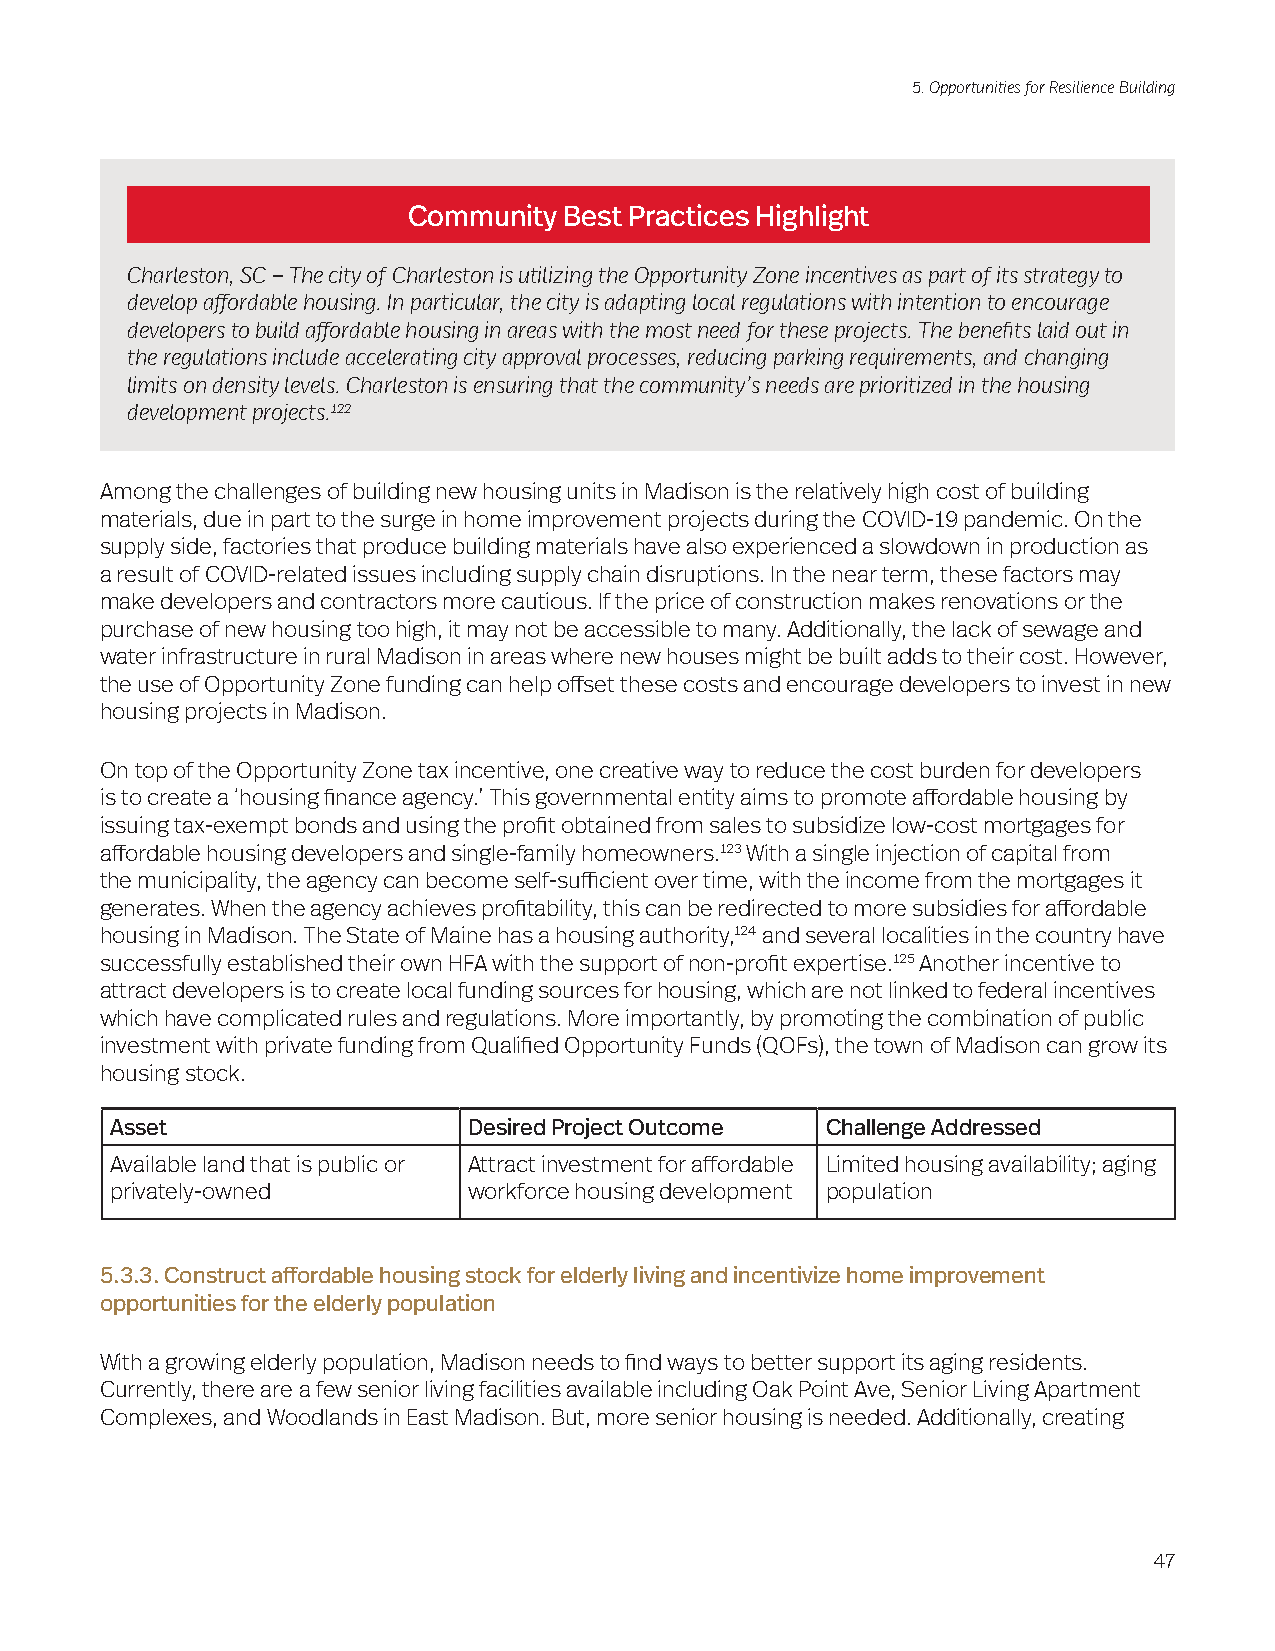
5. Opportunities for Resilience Building
 Community Best Practices Highlight
 Charleston, SC – The city of Charleston is utilizing the Opportunity Zone incentives as part of its strategy to
 develop affordable housing. In particular, the city is adapting local regulations with intention to encourage
 developers to build affordable housing in areas with the most need for these projects. The benefits laid out in
 the regulations include accelerating city approval processes, reducing parking requirements, and changing
 limits on density levels. Charleston is ensuring that the community’s needs are prioritized in the housing
 development projects.122
 Among the challenges of building new housing units in Madison is the relatively high cost of building
 materials, due in part to the surge in home improvement projects during the COVID-19 pandemic. On the
 supply side, factories that produce building materials have also experienced a slowdown in production as
 a result of COVID-related issues including supply chain disruptions. In the near term, these factors may
 make developers and contractors more cautious. If the price of construction makes renovations or the
 purchase of new housing too high, it may not be accessible to many. Additionally, the lack of sewage and
 water infrastructure in rural Madison in areas where new houses might be built adds to their cost. However,
 the use of Opportunity Zone funding can help offset these costs and encourage developers to invest in new
 housing projects in Madison.
 On top of the Opportunity Zone tax incentive, one creative way to reduce the cost burden for developers
 is to create a ‘housing finance agency.’ This governmental entity aims to promote affordable housing by
 issuing tax-exempt bonds and using the profit obtained from sales to subsidize low-cost mortgages for
 affordable housing developers and single-family homeowners.123 With a single injection of capital from
 the municipality, the agency can become self-sufficient over time, with the income from the mortgages it
 generates. When the agency achieves profitability, this can be redirected to more subsidies for affordable
 housing in Madison. The State of Maine has a housing authority,124 and several localities in the country have
 successfully established their own HFA with the support of non-profit expertise.125 Another incentive to
 attract developers is to create local funding sources for housing, which are not linked to federal incentives
 which have complicated rules and regulations. More importantly, by promoting the combination of public
 investment with private funding from Qualified Opportunity Funds (QOFs), the town of Madison can grow its
 housing stock.
 Asset                   Desired Project Outcome Challenge Addressed
 Available land that is public or Attract investment for affordable Limited housing availability; aging
 privately-owned         workforce housing development population
 5.3.3. Construct affordable housing stock for elderly living and incentivize home improvement
 opportunities for the elderly population
 With a growing elderly population, Madison needs to find ways to better support its aging residents.
 Currently, there are a few senior living facilities available including Oak Point Ave, Senior Living Apartment
 Complexes, and Woodlands in East Madison. But, more senior housing is needed. Additionally, creating
 47